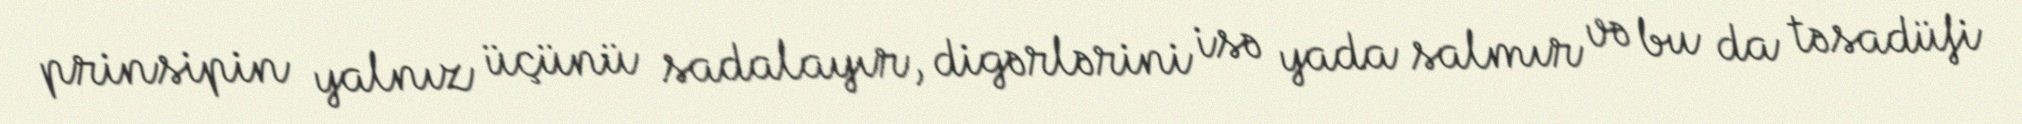
prinsipin yalnız üçünü sadalayır, digərlərini isə yada salmır və bu da təsadüfi